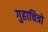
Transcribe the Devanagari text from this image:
गुहाचित्रों